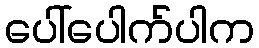
ပေါ်ပေါက်ပါက